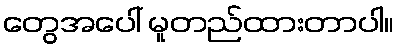
တွေအပေါ် မူတည်ထားတာပါ။